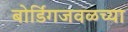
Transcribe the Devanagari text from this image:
बोर्डिंगजवळच्या